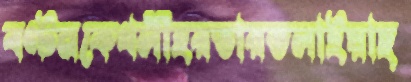
বণ্টনকেথলীহরতারডলাইয়াছ